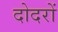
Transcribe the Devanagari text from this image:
दोदरों